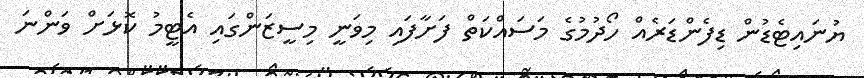
ޔުނައިޓެޑުން ޑިފެންޑަރެއް ހޯދުމުގެ މަސައްކަތް ފަށާފައި މިވަނީ މިސީޒަންގައި އެޓީމު ކޮޅަށް ވަންނަ